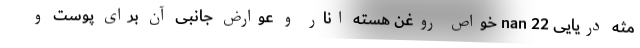
مثه دریایی nan 22 خواص روغن هسته انار و عوارض جانبی آن برای پوست و